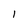
Character: I